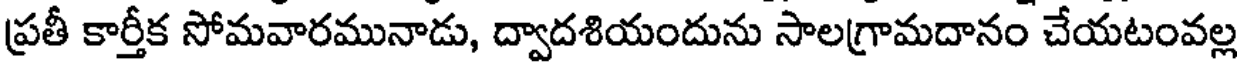
ప్రతీ కార్తీక సోమవారమునాడు, ద్వాదశియందును సాలగ్రామదానం చేయటంవల్ల